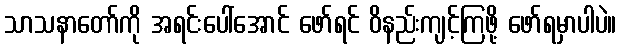
သာသနာတော်ကို အရင်းပေါ်အောင် ဖော်ရင် ဝိနည်းကျင့်ကြဖို့ ဖော်ရမှာပါပဲ။